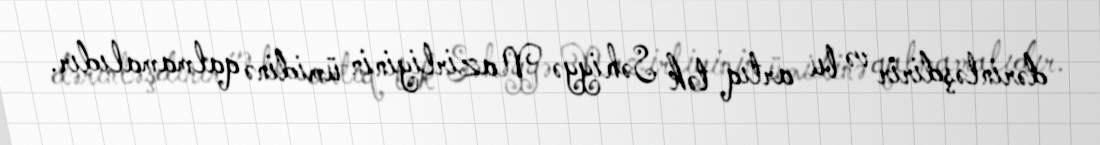
dərinləşdirir və bu artıq tək Səhiyyə Nazirliyinin ümidinə qalmamalıdır.